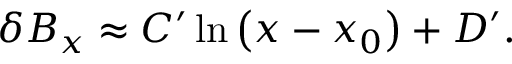
\begin{array} { r } { \delta B _ { x } \approx C ^ { \prime } \ln \left( x - x _ { 0 } \right) + D ^ { \prime } . } \end{array}